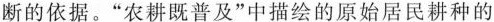
断的依据。”农耕既普及”中描绘的原始居民耕种的